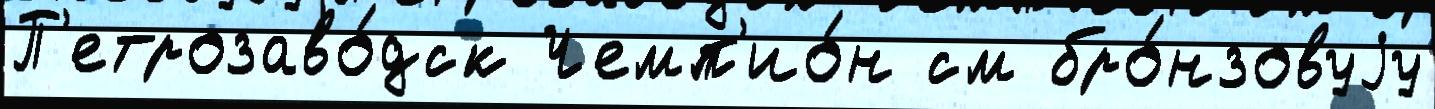
П'етрозаво́дск Чемп'ио́н см бро́нзовуjу